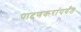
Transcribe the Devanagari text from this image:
पाटणकरांपर्यंत